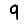
Digit: 9